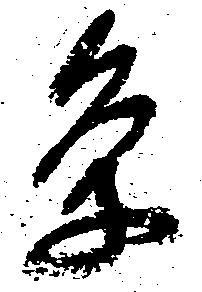
条